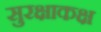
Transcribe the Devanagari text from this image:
सुरक्षाकक्ष